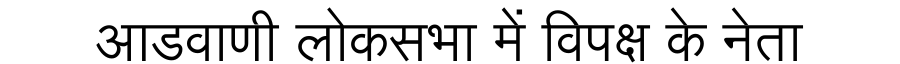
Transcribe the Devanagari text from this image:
आडवाणी लोकसभा में विपक्ष के नेता